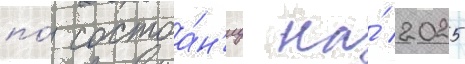
по́ состоа́н'иу на́ 2025